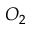
O _ { 2 }